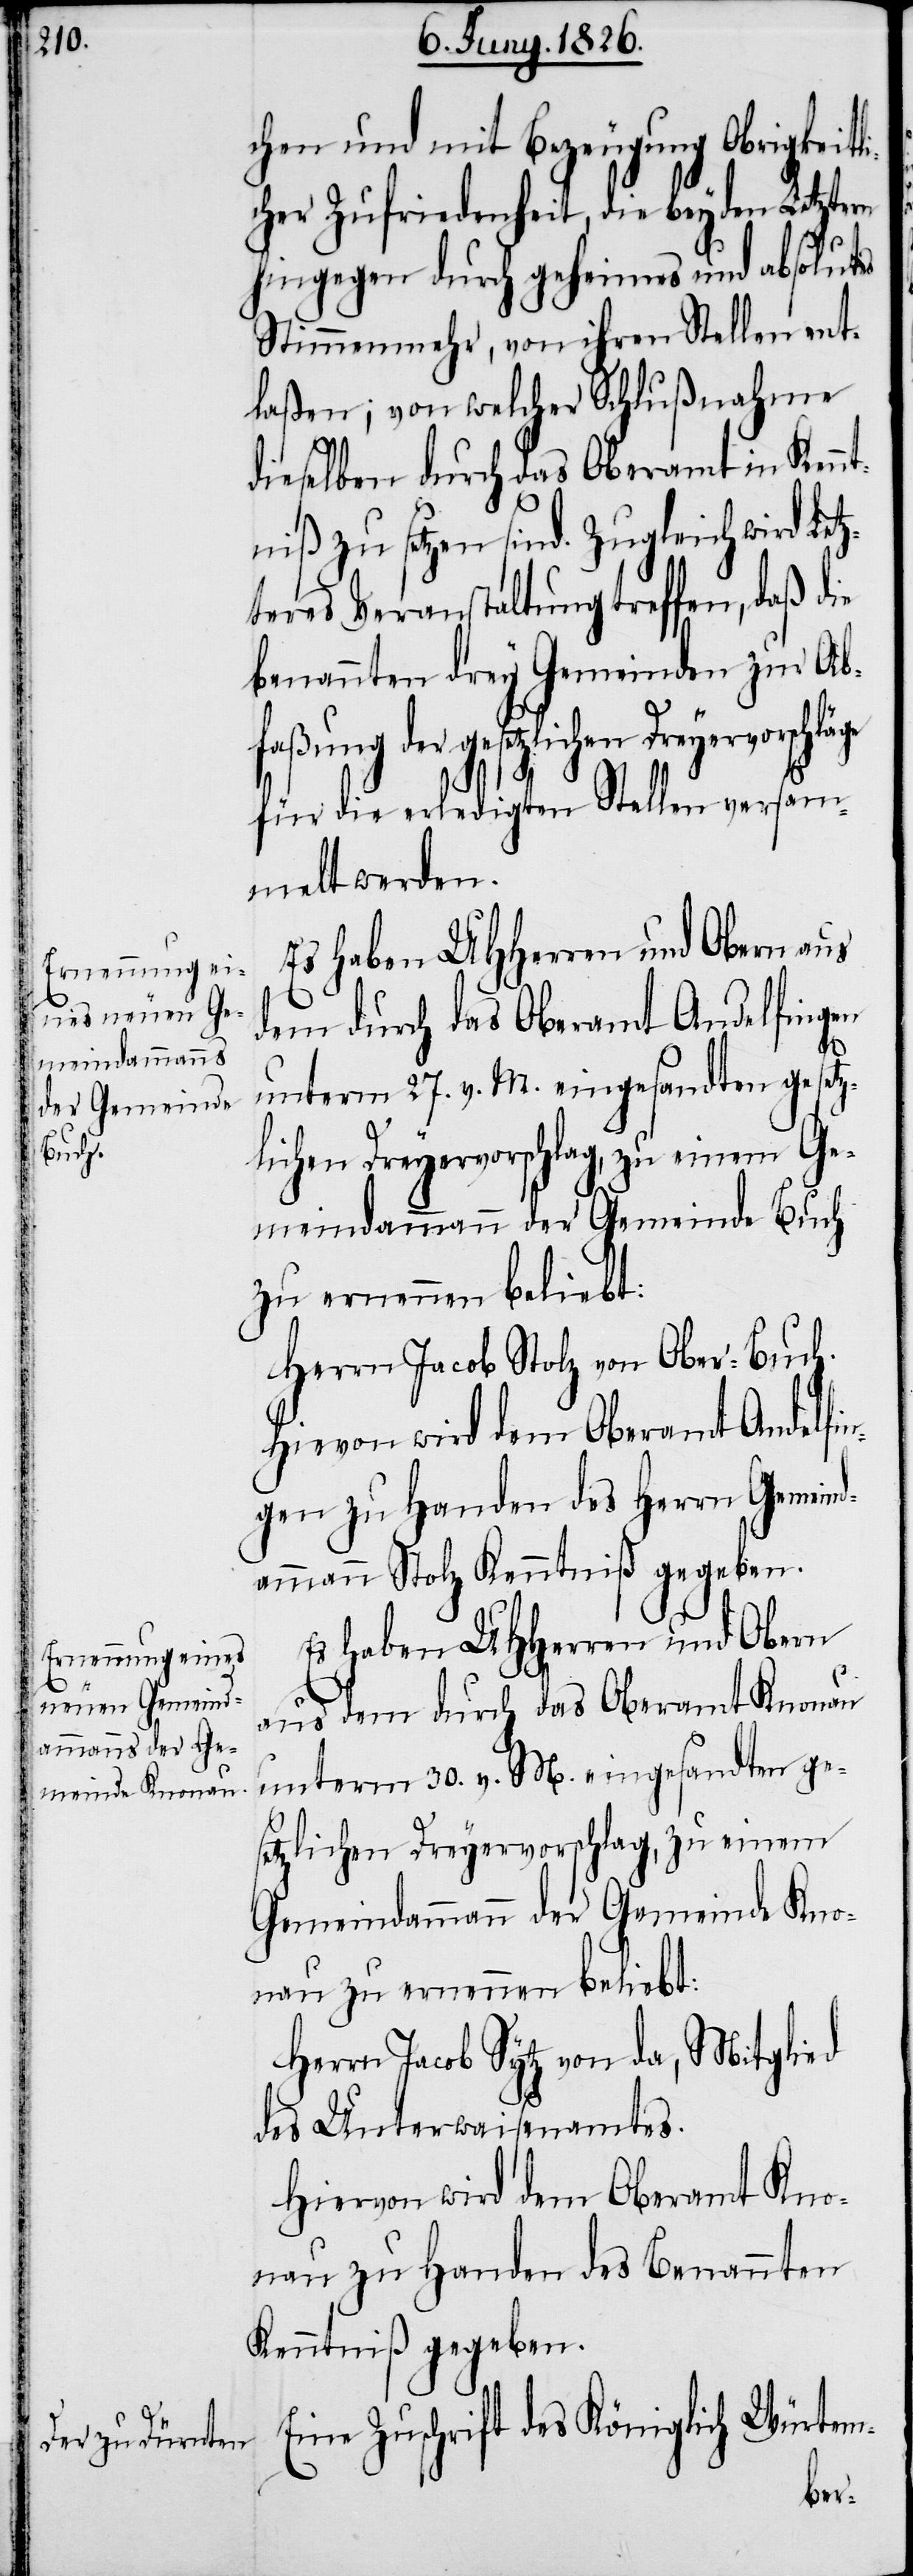
chen und mit Bezeugung Obrigkeitli¬
cher Zufriedenheit, die beyden Letztern
hingegen durch geheimes und absolutes
Stimmenmehr, von ihren Stellen ent¬
laßen; von welcher Schlußnahme
dieselben durch das Oberamt in Kenn¬
tniß zu setzen sind. Zugleich wird Letz¬
teres Veranstaltungen treffen, daß
benannten drey Gemeinden zur Ab¬
faßung der gesetzlichen
für die erledigten Stellen versam¬
melt werden.
Es haben UHHerren und Obern aus
dem durch das Oberamt Andelfingen
unterm 27. v. M. eingesandten gesetz¬
lichen Dreyervorschlag, zu einem Ge¬
meindammann der Gemeinde Buch
zu ernennen beliebt:
Herrn Jacob Stolz von Ober-Buch.
Hievon wird dem Oberamt Andelfin¬
gen zu Handen des Herrn Gemein¬
dammann Stolz Kenntniß gegeben.
Es haben UHHerren und Obern
aus dem durch das Oberamt Knonau
unterm 30. v. M. eingesandten ge¬
setzlichen Dreyervorschlag, zu einem
Gemeindammann der Gemeinde Kno¬
nau zu ernennen bleibt:
Herrn Jacob Sytz von da, Mitglied
des Unterwaisenamtes.
Hiervon wird dem Oberamt Kno¬
nau zu Handen des Benannten
Kenntniß gegeben.
Eine Zuschrift des Königlich Würtem-